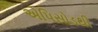
એપિસોડથી